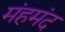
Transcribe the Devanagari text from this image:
मंहमंद